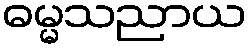
ဓမ္မသညာယ